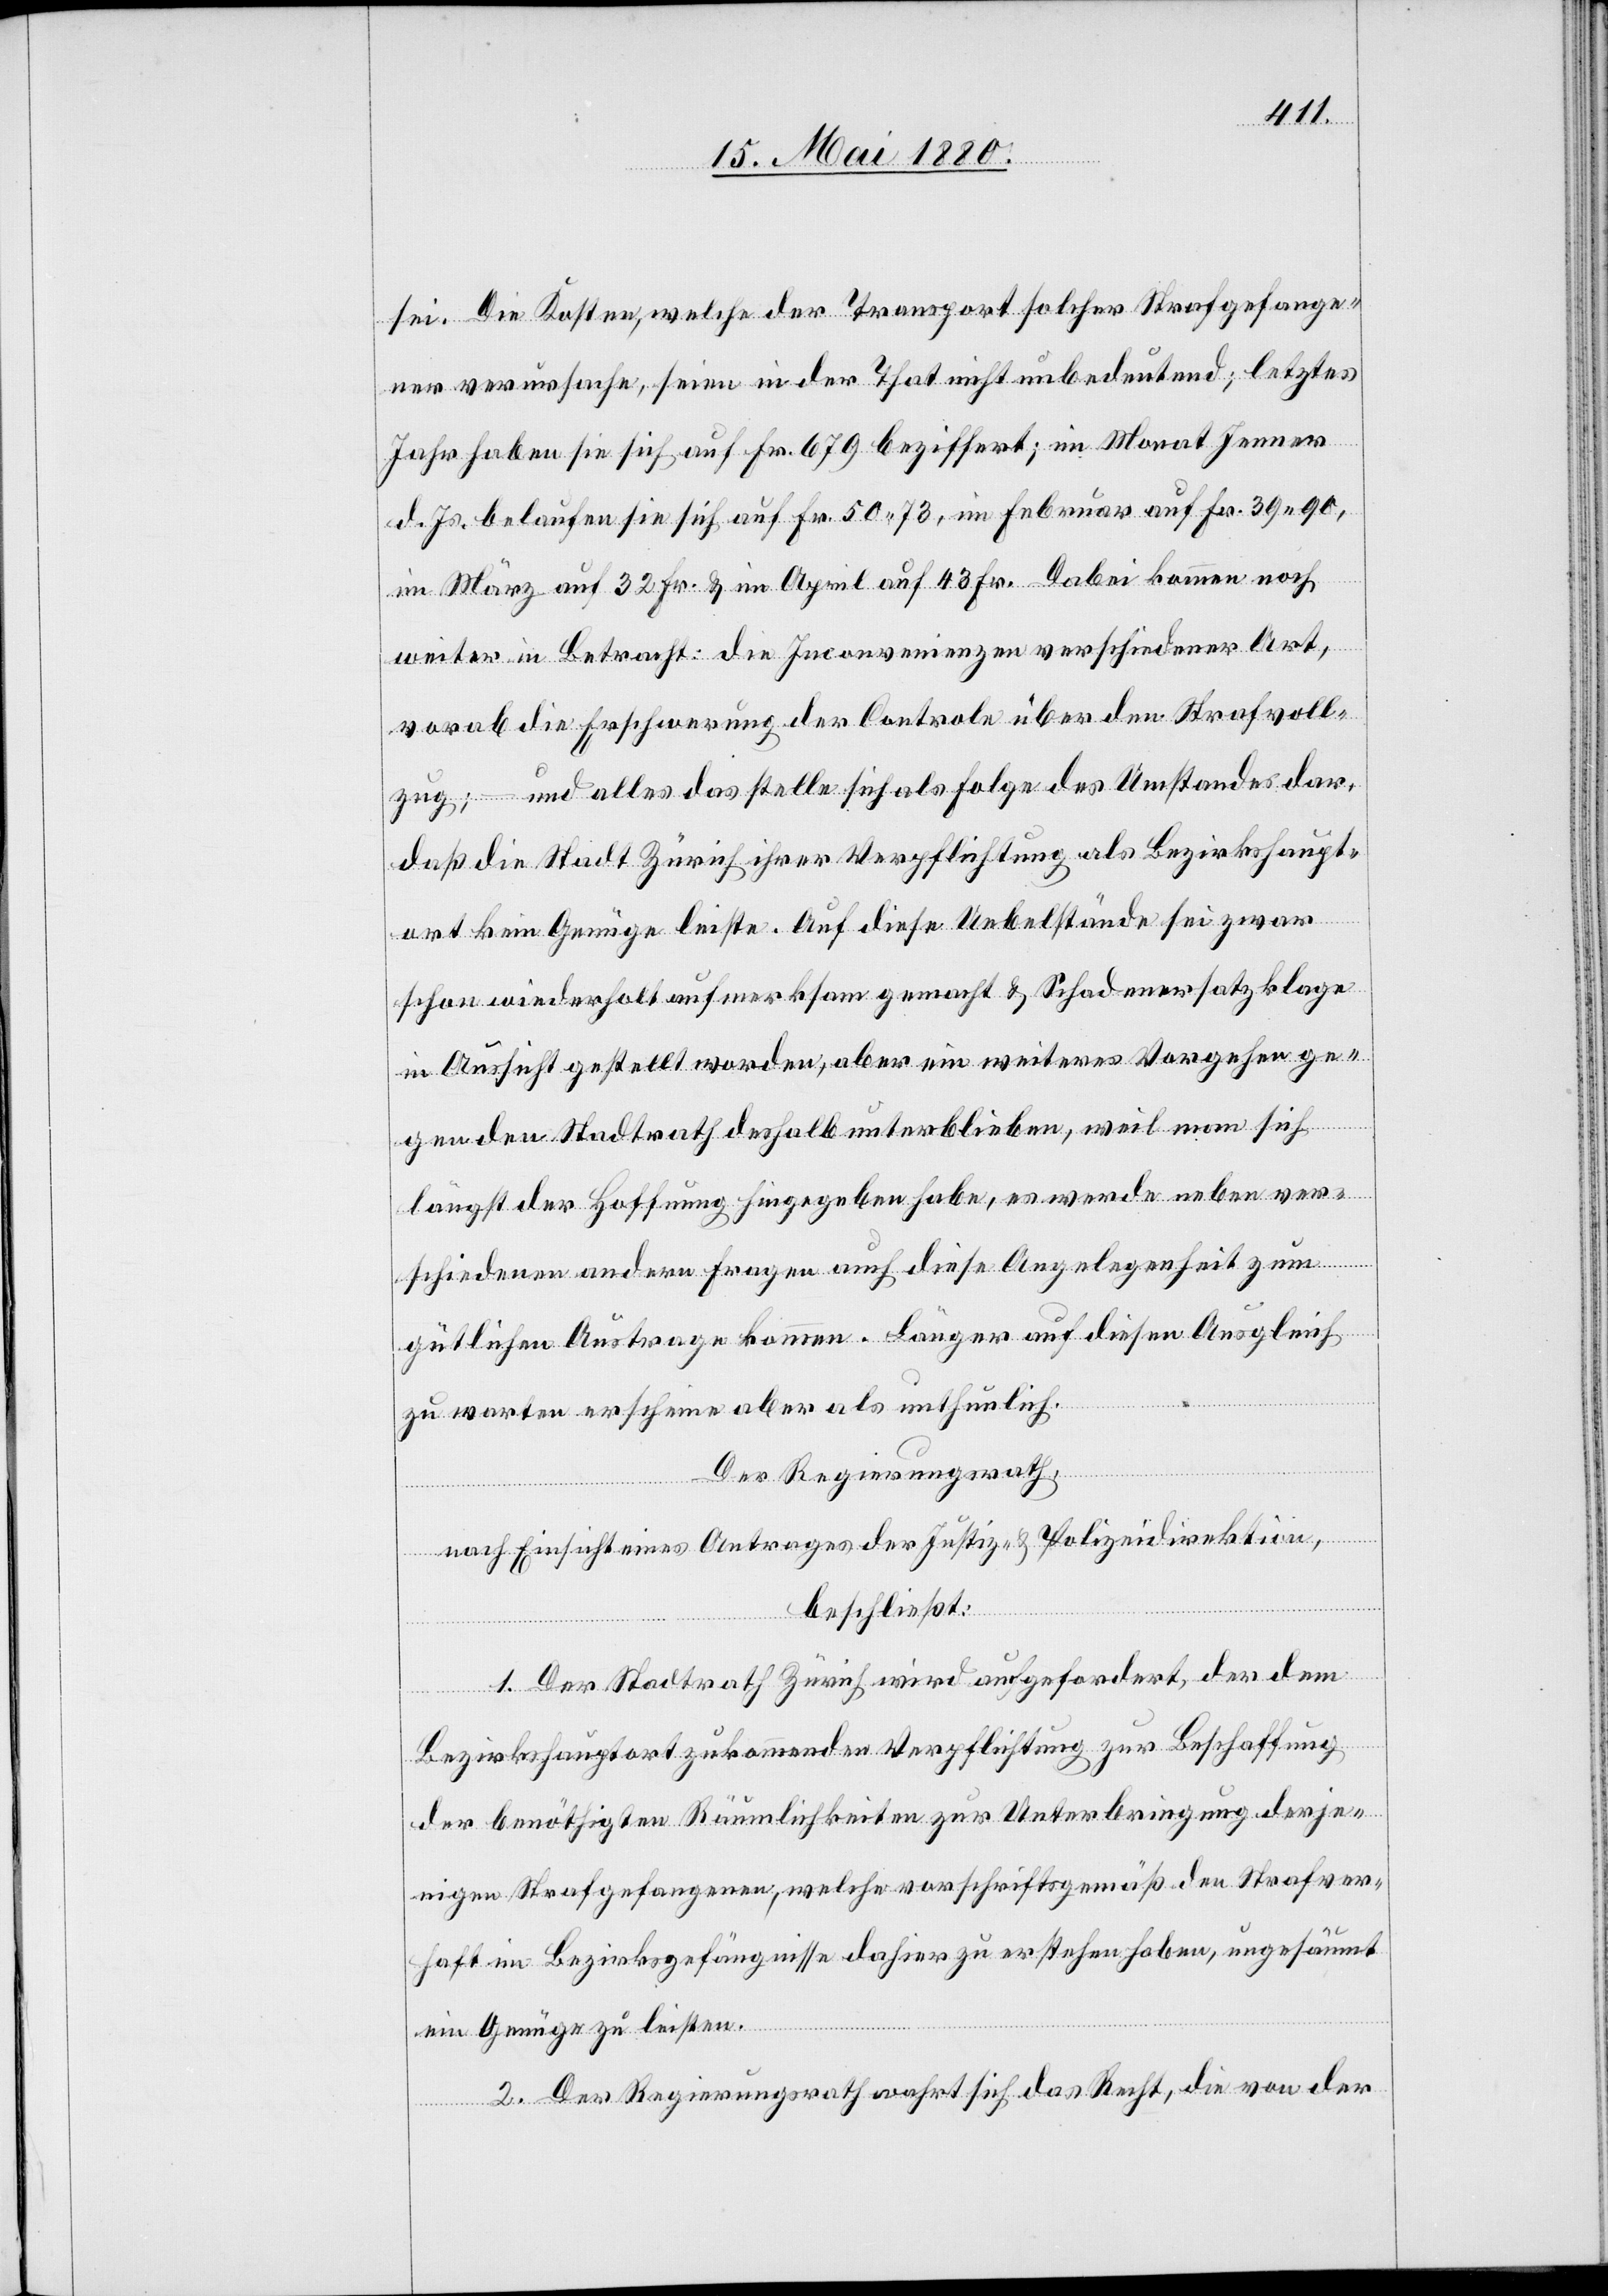
sei. Die Kosten, welche der Transport solcher Strafgefange¬
nen verursache, seien in der That nicht unbedeutend; letztes
Jahr haben sie sich auf Fr. 679 beziffert; im Monat Jenner
d. Js. belaufen sie sich auf Fr. 50.73, im Februar auf Fr. 39.90,
im März auf 32 Fr. & im April auf 43 Fr. Dabei kommen noch
weiter in Betracht: Die Inconvenienzen verschiedener Art,
vorab die Erschwerung der Controle über den Strafvoll¬
zug; – und alles das stelle sich als Folge des Umstandes dar,
daß die Stadt Zürich ihrer Verpflichtung als Bezirkshaupt¬
ort kein Genüge leiste. Auf diese Uebelstände sei zwar
schon wiederholt aufmerksam gemacht & Schadenersatzklage
in Aussicht gestellt worden, aber ein weiteres Vorgehen ge¬
gen den Stadtrath deshalb unterblieben, weil man sich
längst der Hoffnung hingegeben habe, es werde neben ver¬
schiedenen andern Fragen auch diese Angelegenheit zum
gütlichen Austrage kommen. Länger auf diesen Ausgleich
zu warten erscheine aber als unthunlich.
Der Regierungsrath,
nach Einsicht eines Antrages der Justiz- & Polizeidirektion,
beschließt:
1. Der Stadtrath Zürich wird aufgefordert, der dem
Bezirkshauptorte zukommenden Verpflichtung zur Beschaffung
der benöthigten Räumlichkeiten zur Unterbringung derje¬
nigen Strafgefangenen, welche vorschriftsgemäß den Strafver¬
haft im Bezirksgefängnisse dahier zu erstehen haben, ungesäumt
ein Genüge zu leisten.
2. Der Regierungsrath wahrt sich das Recht, die von der